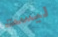
ليست